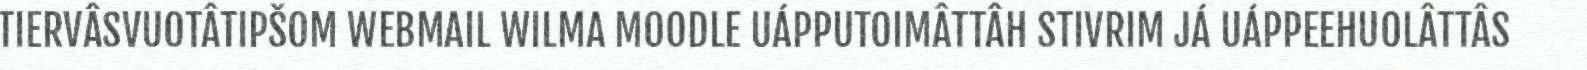
TIERVÂSVUOTÂTIPŠOM WEBMAIL WILMA MOODLE UÁPPUTOIMÂTTÂH STIVRIM JÁ UÁPPEEHUOLÂTTÂS